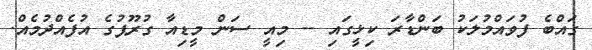
ގައްބެ ފުވައްމުލަކު ބަންޑާރަ ކިޅީގައި -- މިއީ ސަން މީޑިއާ ގުރޫޕުގެ އުފެއްދުމެއް.